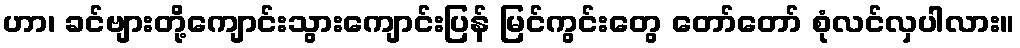
ဟာ၊ ခင်ဗျားတို့ကျောင်းသွားကျောင်းပြန် မြင်ကွင်းတွေ တော်တော် စုံလင်လှပါလား။